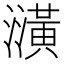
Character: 㶂